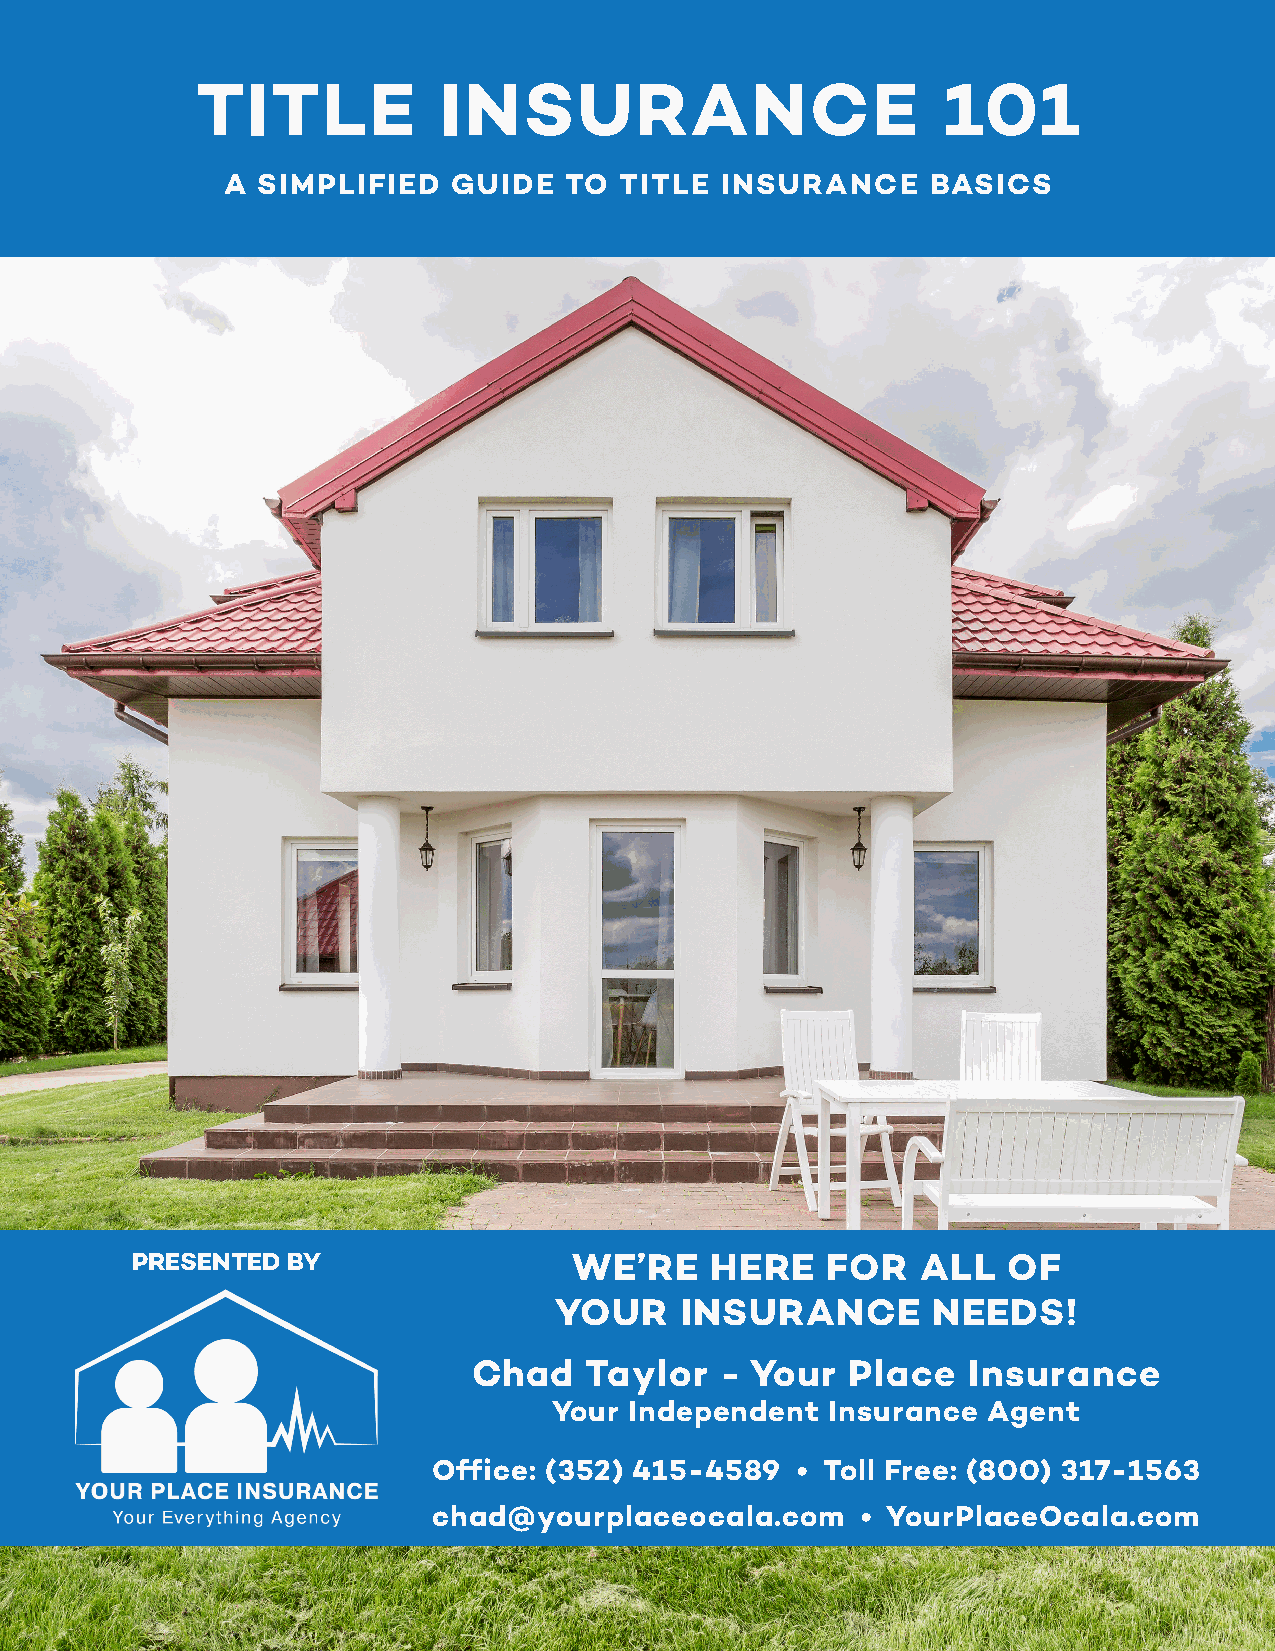
TITLE           INSURANCE                        101
 A SIMPLIFIED   GUIDE  TO  TITLE  INSURANCE     BASICS
 PRESENTED BY                 WE’RE    HERE    FOR   ALL   OF
 YOUR    INSURANCE        NEEDS!
 Chad    Taylor   - Your  Place   Insurance
 Your Independent  Insurance Agent
 Office: (352) 415-4589  • Toll Free: (800) 317-1563
 chad@yourplaceocala.com     • YourPlaceOcala.com